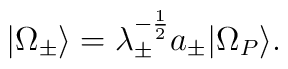
|\Omega_\pm\rangle = \lambda_\pm^{-\frac{1}{2}} a_\pm|\Omega_P \rangle.